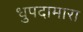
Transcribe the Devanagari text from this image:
धुपदामारा